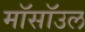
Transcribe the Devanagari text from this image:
मॉसॉउल